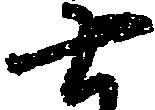
七